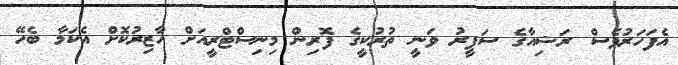
އެފަހަރުވެސް ރަޝިއާގެ ސަފީރު ވަނީ ތުރުކީގެ ފޮރިން މިނިސްޓްރީއަށް ހާޒިރުކޮށް އެކަމާ ބެހޭ